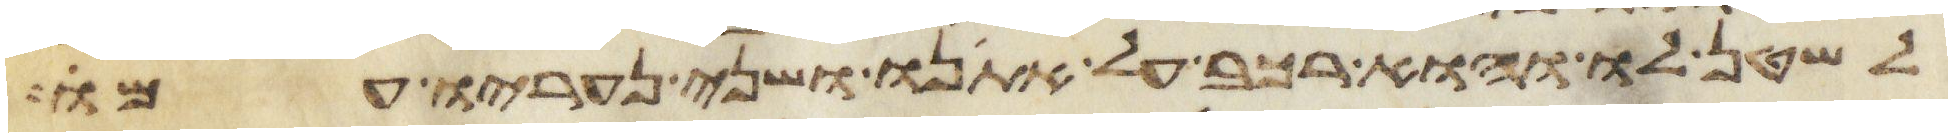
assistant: לשטן לו והוא רכב על אתנו ושני נעריו עמו